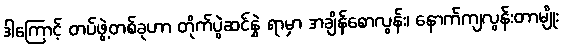
ဒါကြောင့် တပ်ဖွဲ့တစ်ခုဟာ တိုက်ပွဲဆင်နွှဲ ရာမှာ အချိန်စောလွန်း၊ နောက်ကျလွန်းတာမျိုး